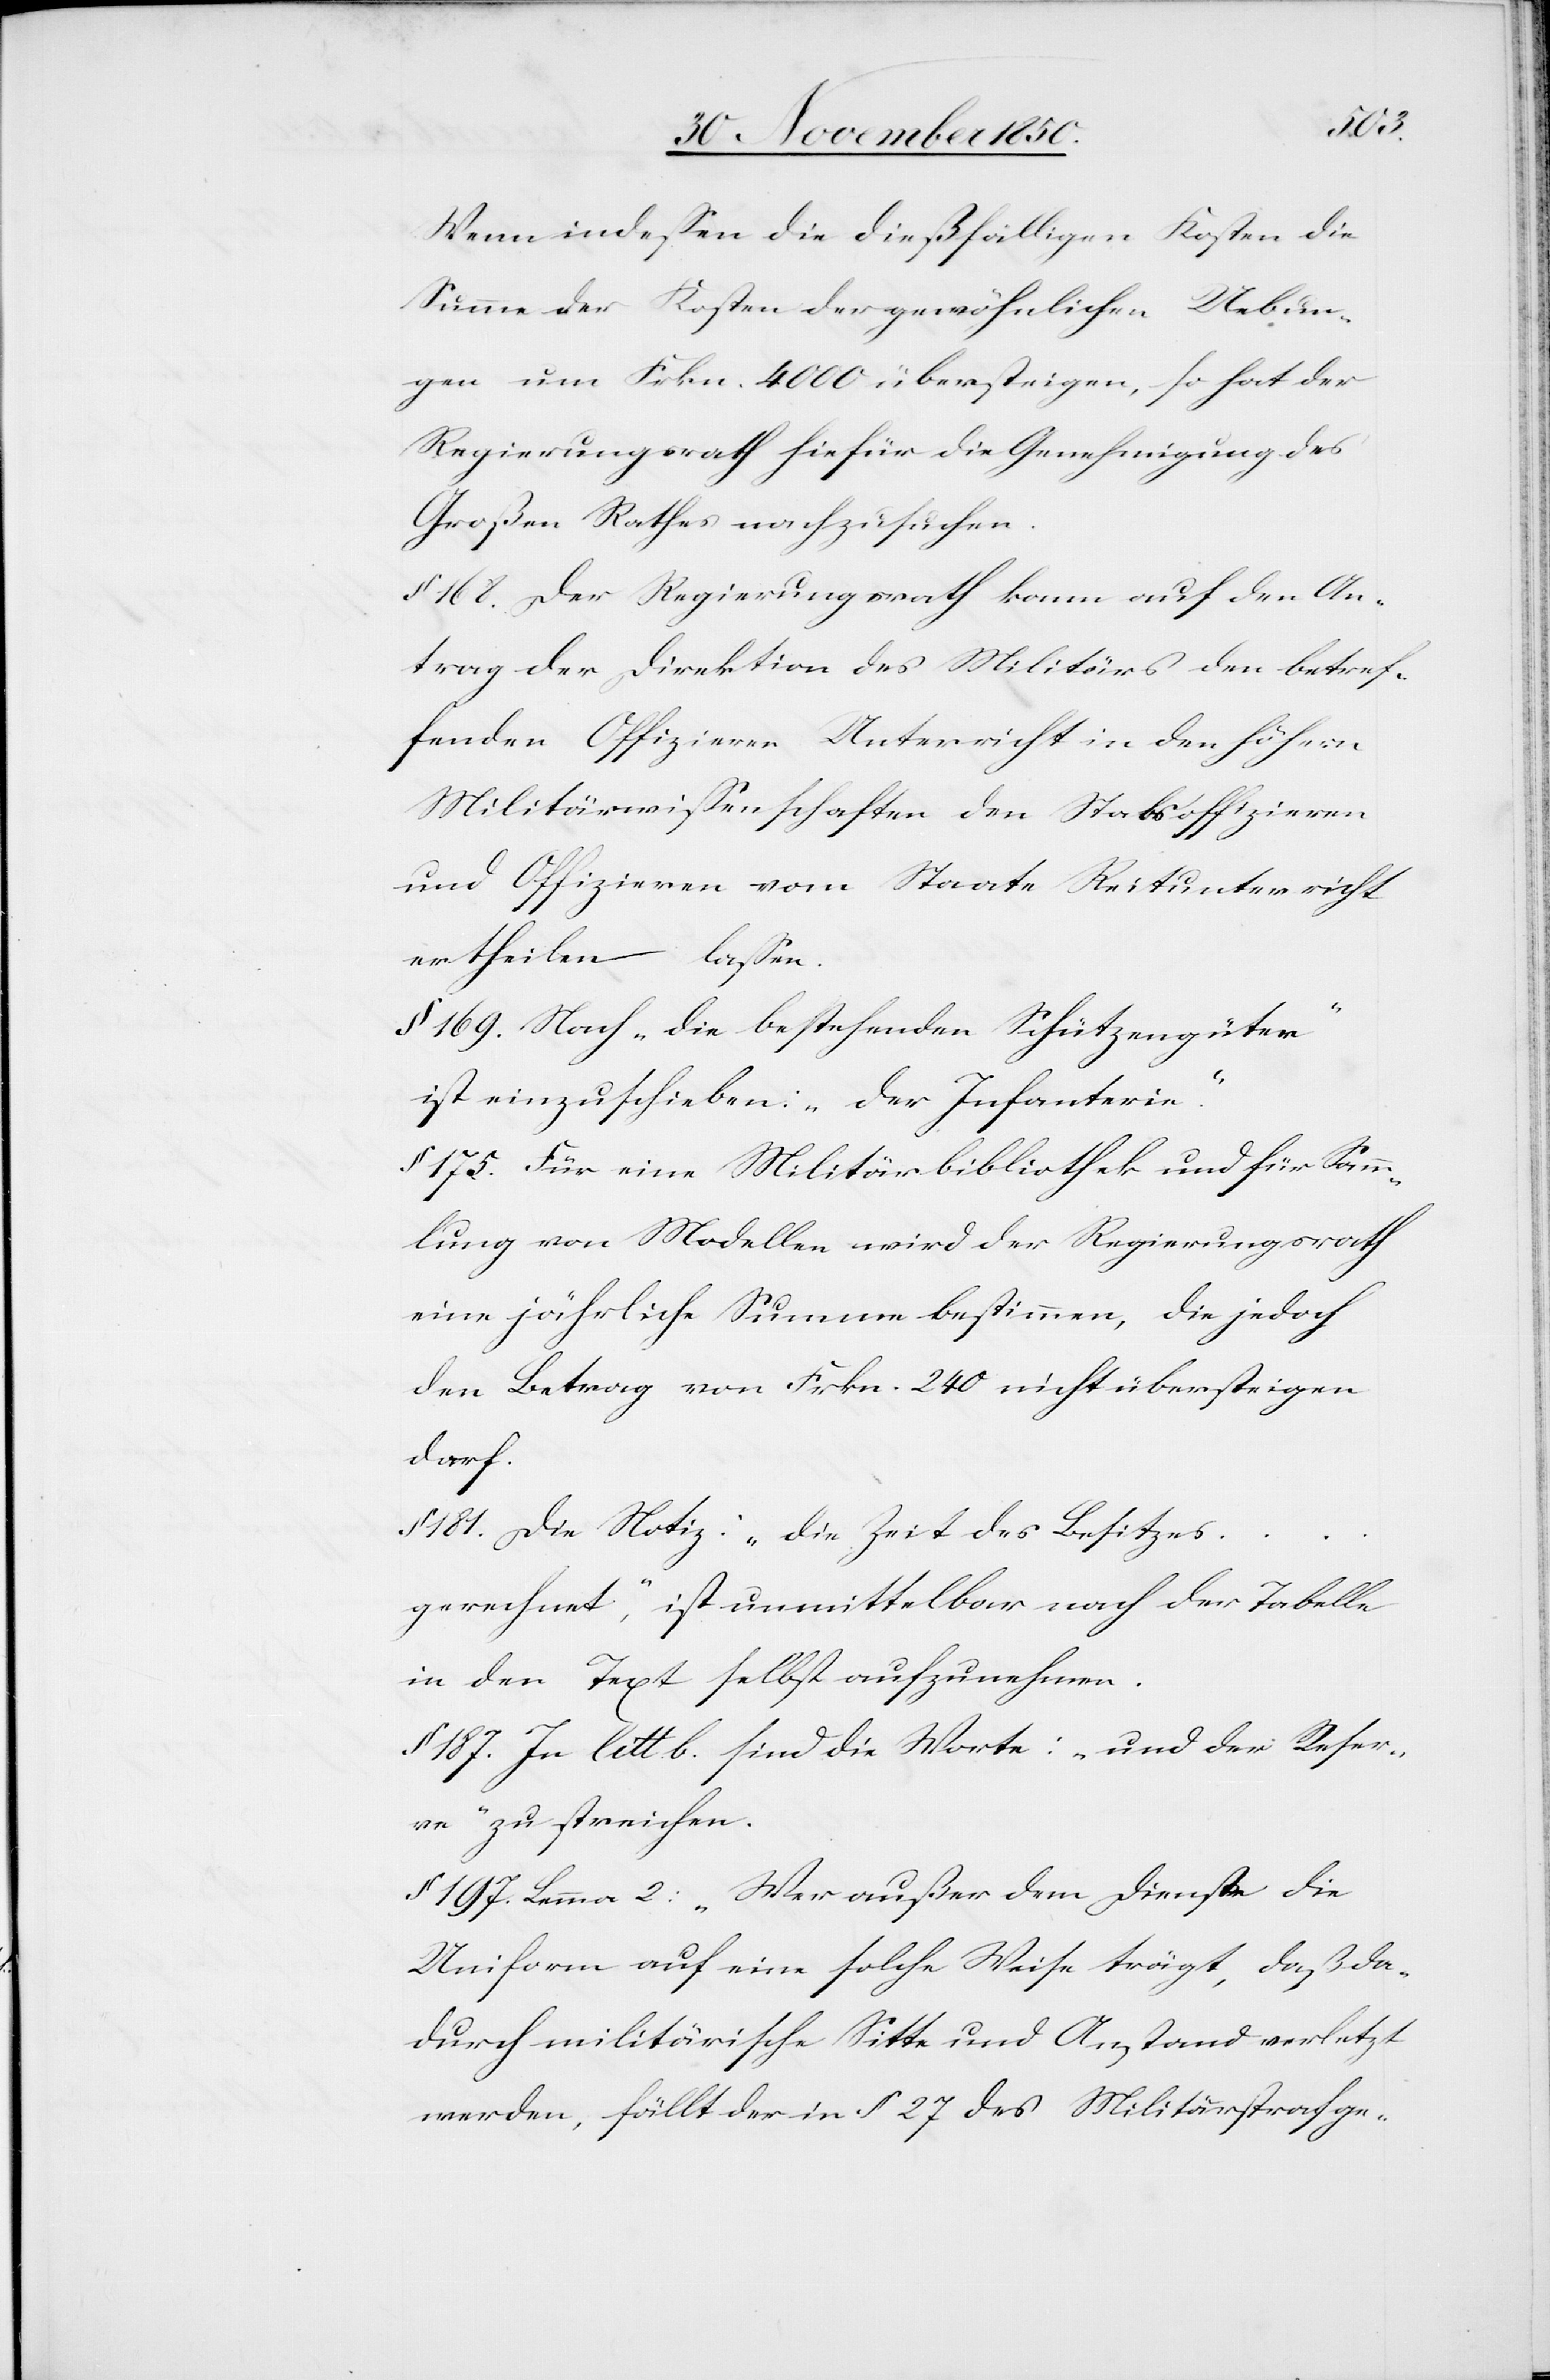
Wenn indessen die dießfälligen Kosten die
Summe der Kosten der gewöhnlichen Uebun¬
gen um Frkn. 4000 übersteigen, so hat der
Regierungsrath hiefür die Genehmigung des
Großen Rathes nachzusuchen.
§ 168. Der Regierungsrath kann auf den An¬
trag der Direktion des Militärs den betreff¬
enden Offizieren vom Staate Reitunterricht
ertheilen lassen.
§ 169. Nach „die bestehenden Schützengüter“
ist einzuschieben: „der Infanterie“.
§ 175. Für eine Militärbibliothek und für Samm¬
lung von Modellen wird der Regierungsrath
eine jährliche Summe bestimmen, die jedoch
den Betrag von Frkn. 240 nicht übersteigen
darf.
§ 181. Die Notiz: „die Zeit des Besitzes …
gerechnet“, ist unmittelbar nach der Tabelle
in den Text selbst aufzunehmen.
§ 187. In litt b. sind die Worte: „und der Reser¬
ve“ zu streichen.
§ 197. Lemma 2: „Wer außer dem Dienste die
Uniform auf eine solche Weise trägt, daß da¬
durch militärische Sitte und Anstand verletzt
werden, fällt der in § 27 des Militärstrafge-